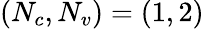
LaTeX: (N_{c},N_{v})=(1,2)